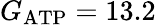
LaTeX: G_{\mathrm{ATP}}=13.2